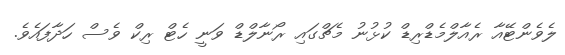
ލެވެންޓޭއާ ރެއާލްމެޑްރިޑް ކުޅުނު މެޗްގައި ރޯނާލްޑް ވަނީ ހެޓް ރިކް ވެސް ހަދާފައެވެ.